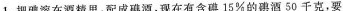
1.把碘溶在酒精里，配成碘酒，现在有含碘15%的碘酒50千克，要